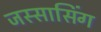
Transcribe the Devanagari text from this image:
जस्सासिंग